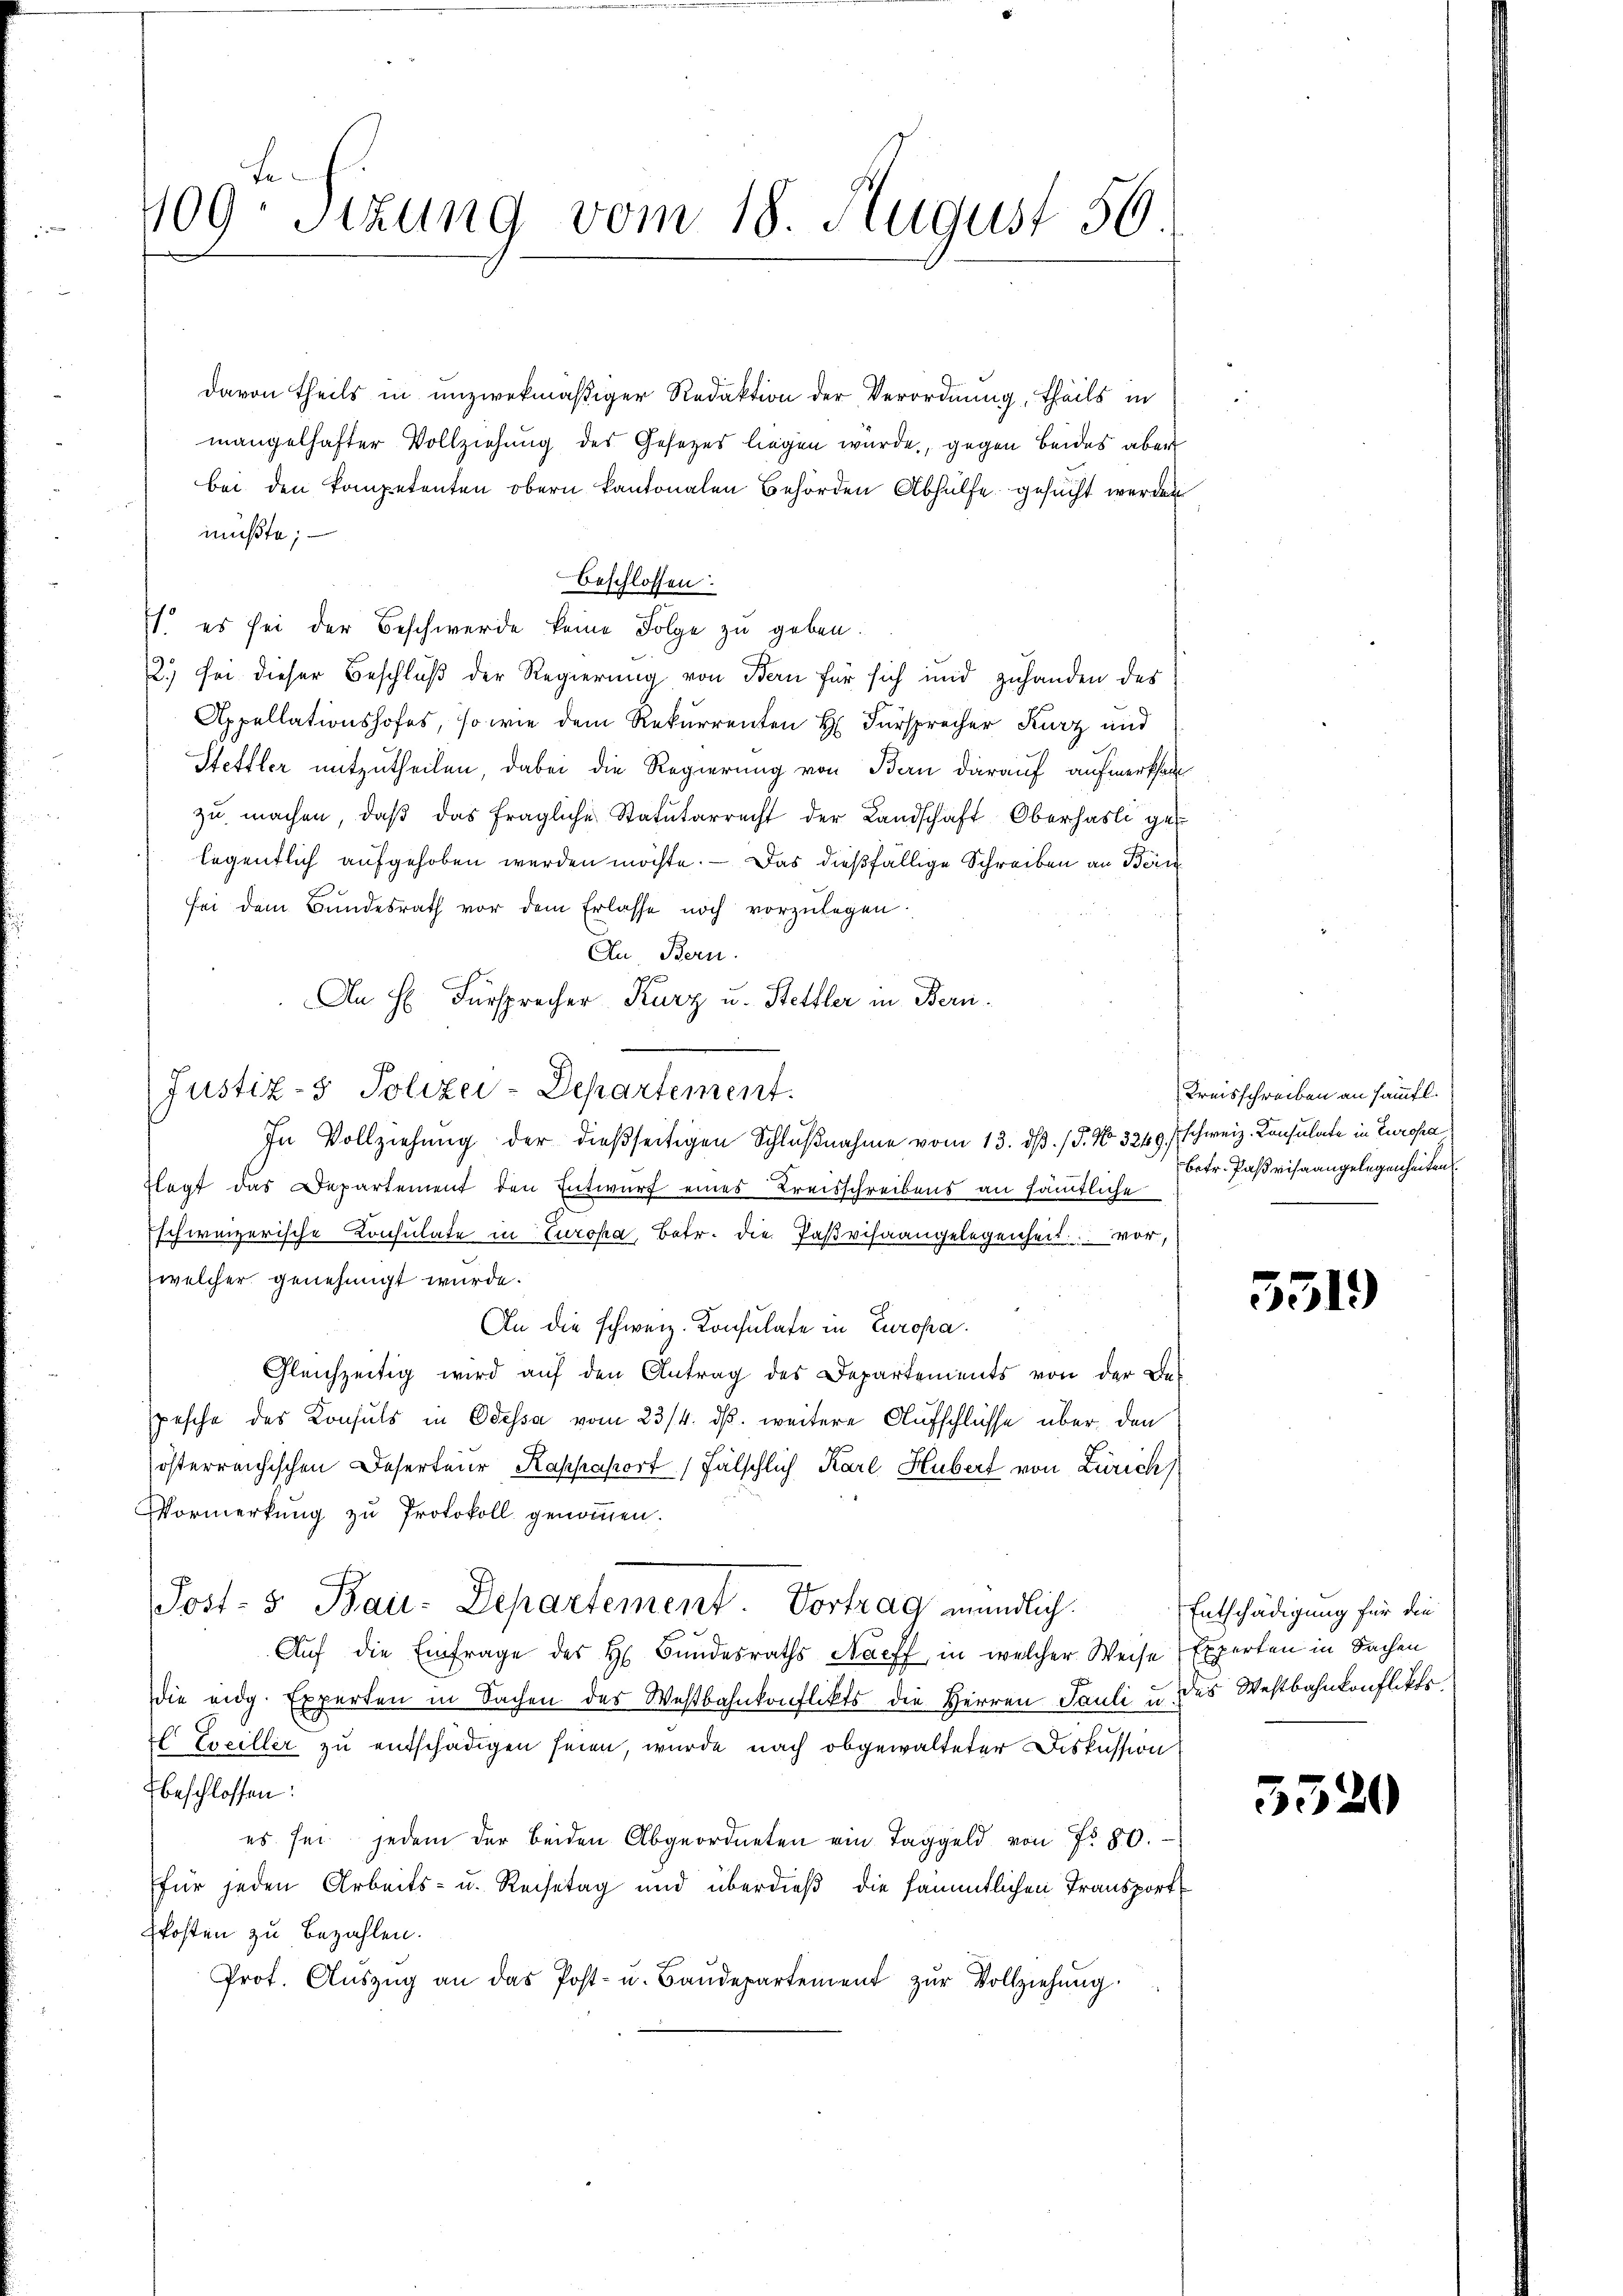
109. Sizung vom 18. August 56

davon theils in unzwekmäßiger Redaktion der Verordnung, theils in
mangelhafter Vollziehung des Gesetzes liegen wurde, gegen beides aber
bei den kompetenten obern kantonalen Behörden Abhülfe gesucht werden
müßte;
Beschlossen:
so es sei der Beschwerde keine Folge zu geben.
2) sei dieser Beschluß der Regierung von Bern für sich und zuhanden des
Appellationshofes, so wie dem Rekurrenten H. Fürsprecher Kurz und
Stettler mitzutheilen, dabei die Regierung von Bern darauf aufmerkha
zŭ machen, daβ das fragliche Statutarrecht der Landschaft Oberhasli gelegentlich aufgehoben werden möchte. — Das dießfällige Schreiben an Bern
sei dem Bundesrath vor dem Erlasse noch vorzŭlegen.
In Bern.
An H. Fürsprecher Kurz u. Stettler in Bern
Justiz- & Polizei-Departement.
In Vollziehung der dießseitigen Schlŭβnahme vom 13. dβ. / 5. No 3249. / schweiz. Konsulate in Europa
Flegt das Departement den Entwurf eines Kreisschreibens an sämtliche
.
Eschweizerische Konsulate in Europa, Betr. die Parisaangelegenheit vor,
welcher genehmigt wurde.
An die schweiz. Konsulate in Europa
Gleichzeitig wird aŭf den Antrag des Departements von der Des
pesche des Konsuls in Odessa vom 23/4. ds. weitere Aufschlüsse über den
österreichischen Deserteur Kappaport fälschlich Karl Hubert von Zürich
Vormerkung zu Protokoll genommen.
Post- & Bau-Departement. Vortrag mündlich.
Auf die Einfrage des H. Bundesraths Naeff, in welcher Weise Experten in Sachen
die eidg. Experten in Sachen des Westbahnkonflikts die Herren Pauli u. des Westbahnkonflikts
E Exceller zu entschädigen seien, wurde nach obgewalteter Diskussion
beschlossen:
es sei jedem der beiden Abgeordneten ein Taggeld von Fr. 80.
für jeden Arbeits- u. Reisetag und überdieß die sämmtlichen Transport
Ekosten zu bezahlen.
c
Prot. Auszug an das Post- u. Baŭdepartement zur Vollziehung

Kreisschreiben an sämmtl.
betr. Parisaangelegenheiten

5519

552

Entschädigung für die

¬